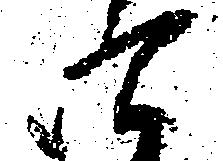
四